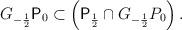
LaTeX: \begin{align*}G_{-\frac{1}{2}} \mbox{\sf P}_0 \subset \left( \mbox{\sf P}_{\frac{1}{2}} \cap G_{-\frac{1}{2}}P_0 \right).\end{align*}